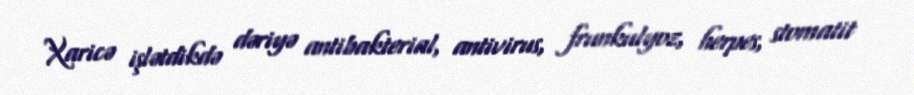
Xaricə işlətdikdə dəriyə antibakterial, antivirus, frunkulyoz, herpes, stomatit